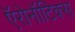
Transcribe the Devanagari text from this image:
ऍरोनॉटिक्स